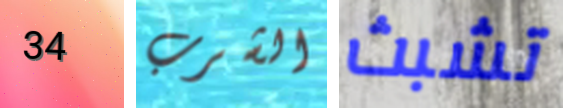
34 الشرب تشبث